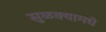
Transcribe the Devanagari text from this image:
सुळक्यामधे